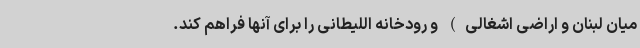
میان لبنان و اراضی اشغالی) و رودخانه اللیطانی را برای آنها فراهم کند.